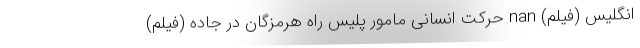
انگلیس (فیلم) nan حرکت انسانی مامور پلیس راه هرمزگان در جاده (فیلم)